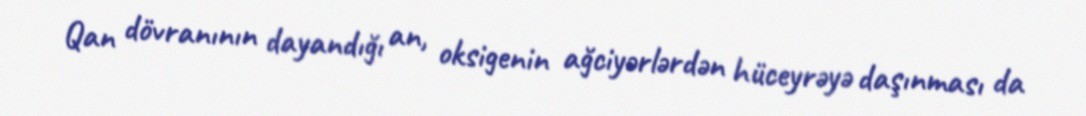
Qan dövranının dayandığı an, oksigenin ağciyərlərdən hüceyrəyə daşınması da